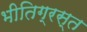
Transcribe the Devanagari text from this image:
भीतिग्रस्त